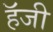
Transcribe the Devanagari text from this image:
हॅजी